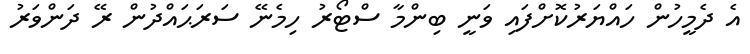
އެ ދެމީހުން ހައްޔަރުކޮށްފައި ވަނީ ބިންމާ ސްޓޯރު ހިމެނޭ ސަރަޙައްދުން ރޭ ދަންވަރު